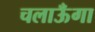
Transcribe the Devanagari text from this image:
चलाऊँगा